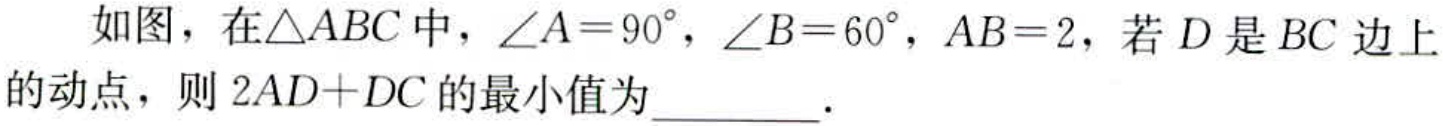
如图，在\(\triangle ABC\)中，\(\angle A = 90^{\circ}\)，\(\angle B = 60^{\circ}\)，\(AB = 2\)，若\(D\)是\(BC\)边上的动点，则\(2AD + DC\)的最小值为  ．